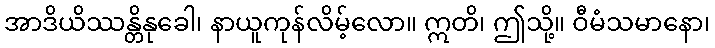
အာဒိယိဿန္တိနုခေါ၊ နာယူကုန်လိမ့်လော။ ဣတိ၊ ဤသို့။ ဝီမံသမာနော၊